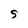
Character: S